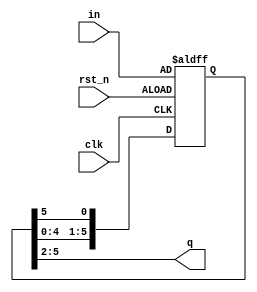
`timescale 1ns / 1ps
//////////////////////////////////////////////////////////////////////////////////
// Company: NTHUEE
// 
// Design Name: 
// Module Name:    shifter 
// Project Name: Lab 4
// Target Devices: 
// Tool versions: 
// Description: 
//
// Dependencies: 
//
// Revision: 
// Revision 0.01 - File Created
// Additional Comments: 
//
//////////////////////////////////////////////////////////////////////////////////
module shifter(
	q,
	clk,
	rst_n,
	in
    );
	output reg [3:0]q;
	reg [5:0]p;
	input [5:0]in;
	input clk;
	input rst_n;
	
	always @(posedge clk or negedge rst_n)
		if(~rst_n)
			begin
				p<=in;
			end
		else
			begin
				p[0]<=p[5];
				p[1]<=p[0];
				p[2]<=p[1];
				p[3]<=p[2];
				p[4]<=p[3];
				p[5]<=p[4];
			end
	
	always @*
		q={p[5],p[4],p[3],p[2]};
endmodule